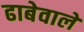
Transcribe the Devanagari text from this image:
ढाबेवाले